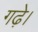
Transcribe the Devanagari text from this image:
गढ़े।